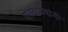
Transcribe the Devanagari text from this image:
देवदानवांनी